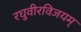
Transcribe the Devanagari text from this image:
रघुवीरविजयम्